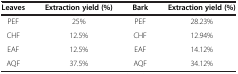
<table><thead><tr><td><b>Leaves</b></td><td><b>Extraction yield (%)</b></td><td><b>Bark</b></td><td><b>Extraction yield (%)</b></td></tr></thead><tbody><tr><td>PEF</td><td>25%</td><td>PEF</td><td>28.23%</td></tr><tr><td>CHF</td><td>12.5%</td><td>CHF</td><td>12.94%</td></tr><tr><td>EAF</td><td>12.5%</td><td>EAF</td><td>14.12%</td></tr><tr><td>AQF</td><td>37.5%</td><td>AQF</td><td>34.12%</td></tr></tbody></table>